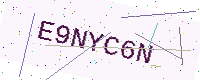
Text: E9NYC6N